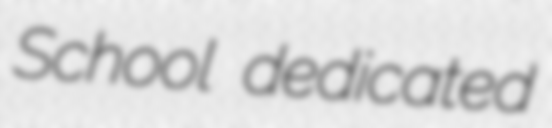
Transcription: School dedicated